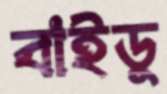
বাইডু